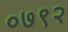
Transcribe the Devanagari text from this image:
०७९२